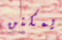
يمكنن